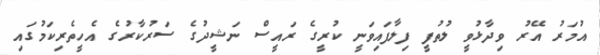
އުމަރު އޭރު ވިދާޅުވީ ލުތުފީ ފިލާފައިވަނީ ކުރީގެ ރައީސް ނަޝީދުގެ ސަރުކާރުގެ އެހީތެރިކަމުގައި